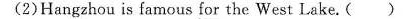
(2)Hangzhou is famous for the West Lake.( )